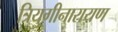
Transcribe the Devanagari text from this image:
त्रियुगीनारायण